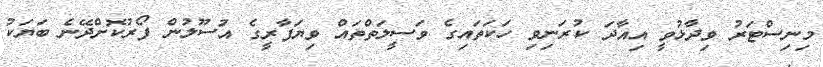
މިނިސްޓަރު ވިދާޅުވީ އިއާދަ ކުރަނިވި ހަކަތައިގެ ވަސީލަތްތައް ވިޔަފާރީގެ އުސޫލުން ފޯރުކޮށްދޭނެ ބަޔަކު